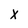
Character: X